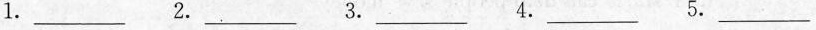
1. ___ 2. ___ 3. ___ 4. ___ 5. ___